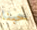
حبنا